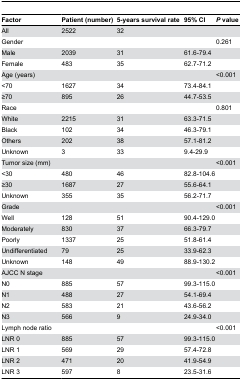
<table><thead><tr><td><b>Factor</b></td><td><b>Patient (number)</b></td><td><b>5-years survival rate</b></td><td><b>95% CI</b></td><td><b><i>P</i> value</b></td></tr></thead><tbody><tr><td>All</td><td>2522</td><td>32</td><td></td><td></td></tr><tr><td>Gender</td><td></td><td></td><td></td><td>0.261</td></tr><tr><td>Male</td><td>2039</td><td>31</td><td colspan="2">61.6-79.4</td></tr><tr><td>Female</td><td>483</td><td>35</td><td colspan="2">62.7-71.2</td></tr><tr><td>Age (years)</td><td></td><td></td><td></td><td>&lt;0.001</td></tr><tr><td>&lt;70</td><td>1627</td><td>34</td><td colspan="2">73.4-84.1</td></tr><tr><td>≥70</td><td>895</td><td>26</td><td colspan="2">44.7-53.5</td></tr><tr><td>Race</td><td></td><td></td><td></td><td>0.801</td></tr><tr><td>White</td><td>2215</td><td>31</td><td colspan="2">63.3-71.5</td></tr><tr><td>Black</td><td>102</td><td>34</td><td colspan="2">46.3-79.1</td></tr><tr><td>Others</td><td>202</td><td>38</td><td colspan="2">57.1-81.2</td></tr><tr><td>Unknown</td><td>3</td><td>33</td><td>9.4-29.9</td><td></td></tr><tr><td>Tumor size (mm)</td><td></td><td></td><td></td><td>&lt;0.001</td></tr><tr><td>&lt;30</td><td>480</td><td>46</td><td colspan="2">82.8-104.6</td></tr><tr><td>≥30</td><td>1687</td><td>27</td><td colspan="2">55.6-64.1</td></tr><tr><td>Unknown</td><td>355</td><td>35</td><td colspan="2">56.2-71.7</td></tr><tr><td>Grade</td><td></td><td></td><td></td><td>&lt;0.001</td></tr><tr><td>Well</td><td>128</td><td>51</td><td colspan="2">90.4-129.0</td></tr><tr><td>Moderately</td><td>830</td><td>37</td><td colspan="2">66.3-79.7</td></tr><tr><td>Poorly</td><td>1337</td><td>25</td><td colspan="2">51.8-61.4</td></tr><tr><td>Undifferentiated</td><td>79</td><td>25</td><td colspan="2">33.9-62.3</td></tr><tr><td>Unknown</td><td>148</td><td>49</td><td colspan="2">88.9-130.2</td></tr><tr><td>AJCC N stage</td><td></td><td></td><td></td><td>&lt;0.001</td></tr><tr><td>N0</td><td>885</td><td>57</td><td colspan="2">99.3-115.0</td></tr><tr><td>N1</td><td>488</td><td>27</td><td colspan="2">54.1-69.4</td></tr><tr><td>N2</td><td>583</td><td>21</td><td colspan="2">43.6-56.2</td></tr><tr><td>N3</td><td>566</td><td>9</td><td colspan="2">24.9-34.0</td></tr><tr><td>Lymph node ratio </td><td></td><td></td><td></td><td>&lt;0.001</td></tr><tr><td>LNR 0</td><td>885</td><td>57</td><td colspan="2">99.3-115.0</td></tr><tr><td>LNR 1</td><td>569</td><td>29</td><td colspan="2">57.4-72.8</td></tr><tr><td>LNR 2</td><td>471</td><td>20</td><td colspan="2">41.9-54.9</td></tr><tr><td>LNR 3</td><td>597</td><td>8</td><td colspan="2">23.5-31.6</td></tr></tbody></table>